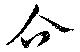
企